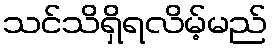
သင်သိရှိရလိမ့်မည်